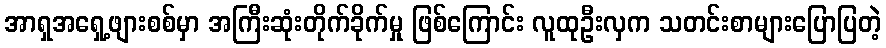
အာရှအရှေ့ဖျားစစ်မှာ အကြီးဆုံးတိုက်ခိုက်မှု ဖြစ်ကြောင်း လူထုဦးလှက သတင်းစာများပြောပြတဲ့